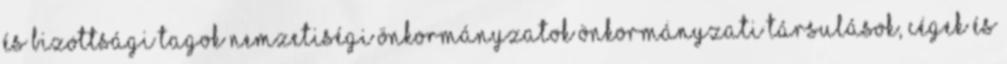
és bizottsági tagok Nemzetiségi önkormányzatok Önkormányzati társulások, cégek és